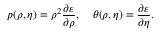
p ( \rho , \eta ) = \rho ^ { 2 } \frac { \partial \varepsilon } { \partial \rho } , \quad \theta ( \rho , \eta ) = \frac { \partial \varepsilon } { \partial \eta } .